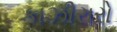
કાઝીરારો